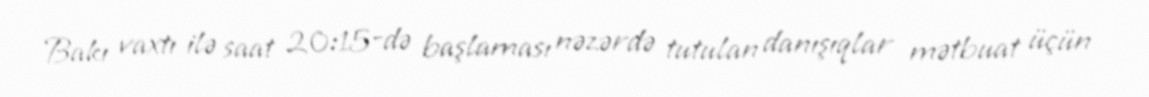
Bakı vaxtı ilə saat 20:15-də başlaması nəzərdə tutulan danışıqlar mətbuat üçün